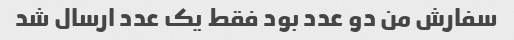
سفارش من دو عدد بود فقط یک عدد ارسال شد